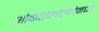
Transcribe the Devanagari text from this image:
ओकोतेलोल्कोमध्ये